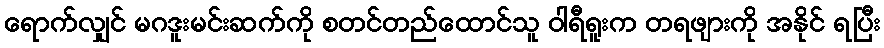
ရောက်လျှင် မဂဒူးမင်းဆက်ကို စတင်တည်ထောင်သူ ဝါရီရူးက တရဖျားကို အနိုင် ရပြီး